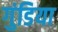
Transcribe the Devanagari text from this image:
गुंडिया